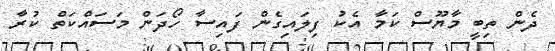
ދެން ތިބީ މާޔޫސް ކަމާ އެކު ފިލައިގެން ފައިސާ ހޯދަން މަސައްކަތް ކުރާ